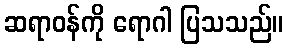
ဆရာဝန်ကို ရောဂါ ပြသသည်။